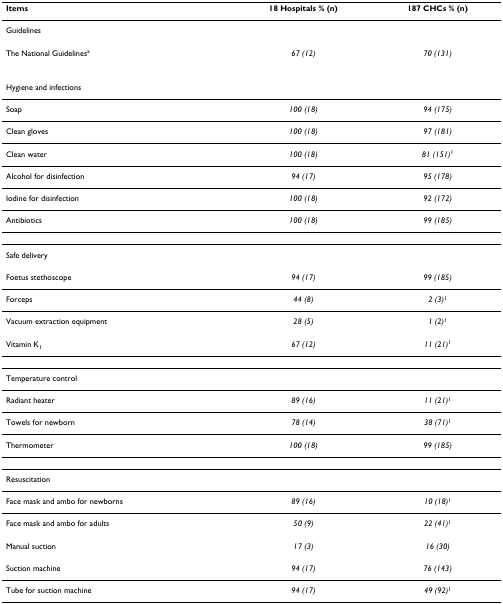
<table><thead><tr><td><b>Items</b></td><td><b>18 Hospitals % (n)</b></td><td><b>187 CHCs % (n)</b></td></tr></thead><tbody><tr><td>Guidelines</td><td></td><td></td></tr><tr><td>The National Guidelines<sup>a</sup></td><td><i>67 (12)</i></td><td><i>70 (131)</i></td></tr><tr><td>Hygiene and infections</td><td></td><td></td></tr><tr><td>Soap</td><td><i>100 (18)</i></td><td><i>94 (175)</i></td></tr><tr><td>Clean gloves</td><td><i>100 (18)</i></td><td><i>97 (181)</i></td></tr><tr><td>Clean water</td><td><i>100 (18)</i></td><td><i>81 (151)</i><sup>1</sup></td></tr><tr><td>Alcohol for disinfection</td><td><i>94 (17)</i></td><td><i>95 (178)</i></td></tr><tr><td>Iodine for disinfection</td><td><i>100 (18)</i></td><td><i>92 (172)</i></td></tr><tr><td>Antibiotics</td><td><i>100 (18)</i></td><td><i>99 (185)</i></td></tr><tr><td>Safe delivery</td><td></td><td></td></tr><tr><td>Foetus stethoscope</td><td><i>94 (17)</i></td><td><i>99 (185)</i></td></tr><tr><td>Forceps</td><td><i>44 (8)</i></td><td><i>2 (3)</i><sup>1</sup></td></tr><tr><td>Vacuum extraction equipment</td><td><i>28 (5)</i></td><td><i>1 (2)</i><sup>1</sup></td></tr><tr><td>Vitamin K<sub>1</sub></td><td><i>67 (12)</i></td><td><i>11 (21)</i><sup>1</sup></td></tr><tr><td>Temperature control</td><td></td><td></td></tr><tr><td>Radiant heater</td><td><i>89 (16)</i></td><td><i>11 (21)</i><sup>1</sup></td></tr><tr><td>Towels for newborn</td><td><i>78 (14)</i></td><td><i>38 (71)</i><sup>1</sup></td></tr><tr><td>Thermometer</td><td><i>100 (18)</i></td><td><i>99 (185)</i></td></tr><tr><td>Resuscitation</td><td></td><td></td></tr><tr><td>Face mask and ambo for newborns</td><td><i>89 (16)</i></td><td><i>10 (18)</i><sup>1</sup></td></tr><tr><td>Face mask and ambo for adults</td><td><i>50 (9)</i></td><td><i>22 (41)</i><sup>1</sup></td></tr><tr><td>Manual suction</td><td><i>17 (3)</i></td><td><i>16 (30)</i></td></tr><tr><td>Suction machine</td><td><i>94 (17)</i></td><td><i>76 (143)</i></td></tr><tr><td>Tube for suction machine</td><td><i>94 (17)</i></td><td><i>49 (92)</i><sup>1</sup></td></tr></tbody></table>